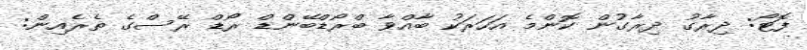
ފޮޓޯ: ދިރާގު ދިރާގުން ކޮންމެ އަހަރަކު ބާއްވާ ބްރޯޑްބޭންޑް ރޯޑް ރޭސްގެ ތެރެއިން: